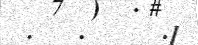
.   .     .]